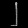
Digit: ၂